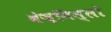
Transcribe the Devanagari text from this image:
मंज़निल्लो